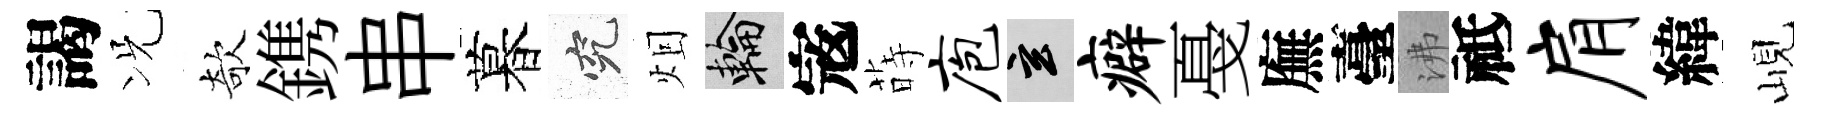
謁况欹鎸串暮究𤇆輪𡨥蒔庖玄癖戞廡臺沸祗肩緯峴